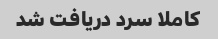
کاملا سرد دریافت شد